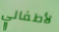
لأطفالي